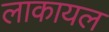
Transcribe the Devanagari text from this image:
लाकायल